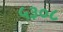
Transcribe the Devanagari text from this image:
५३०८